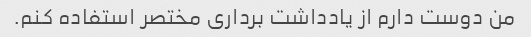
من دوست دارم از یادداشت برداری مختصر استفاده کنم.